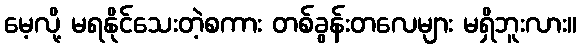
မေ့လို့ မရနိုင်သေးတဲ့စကား တစ်ခွန်းတလေများ မရှိဘူးလား။